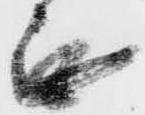
無